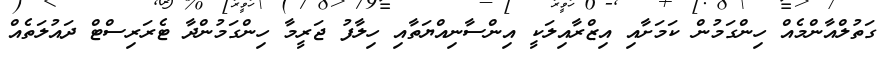
ގަތުލްއާންމެއް ހިންގަމުން ކަމަށާއި އިޒްރާއިލަކީ އިންސާނިއްޔަތާއި ހިލާފު ޖަރީމާ ހިންގަމުންދާ ޓެރަރިސްޓް ދައުލަތެއް